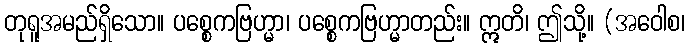
တုရူအမည်ရှိသော။ ပစ္စေကဗြဟ္မာ၊ ပစ္စေကဗြဟ္မာတည်း။ ဣတိ၊ ဤသို့။ (အဝေါစ၊